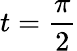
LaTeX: t=\frac{\pi}{2}